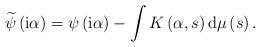
LaTeX: \begin{align*}\widetilde{\psi}\left( \mathrm{i}\alpha\right) =\psi\left( \mathrm{i}\alpha\right) -\int K\left( \alpha,s\right) \mathrm{d}\mu\left( s\right). \end{align*}